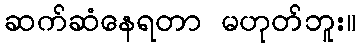
ဆက်ဆံနေရတာ မဟုတ်ဘူး။